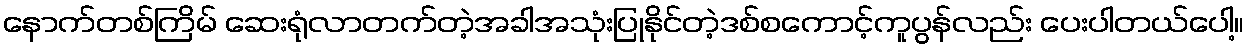
နောက်တစ်ကြိမ် ဆေးရုံလာတက်တဲ့အခါအသုံးပြုနိုင်တဲ့ဒစ်စကောင့်ကူပွန်လည်း ပေးပါတယ်ပေါ့။